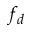
f _ { d }